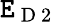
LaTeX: \mathtt{E}_{\mathrm{{~D~2~}}}